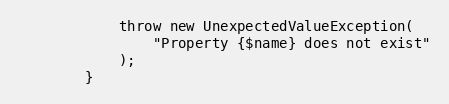
Language: PHP
            throw new UnexpectedValueException(
                "Property {$name} does not exist"
            );
        }